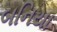
બનિયા